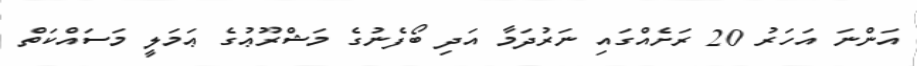
އަންނަ އަހަރު 20 ރަށެއްގައި ނަރުދަމާ އަދި ބޯފެނުގެ މަޝްރޫޢުގެ ޢަމަލީ މަސައްކަތް